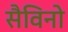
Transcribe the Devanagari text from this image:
सैविनो